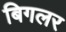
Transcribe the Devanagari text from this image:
बिगलर